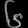
Digit: ၆